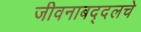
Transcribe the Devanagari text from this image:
जीवनाबद्दलचे